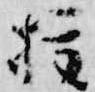
権